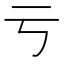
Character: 亏